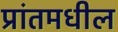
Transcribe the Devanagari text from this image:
प्रांतमधील